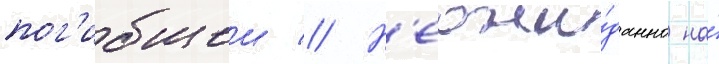
пог'ибшеи // Н'еожи́данно на́